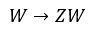
W \to Z W